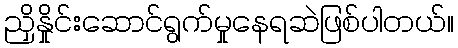
ညှိနှိုင်းဆောင်ရွက်မှုနေရဆဲဖြစ်ပါတယ်။